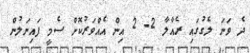
ދެ ވަނަ ލެގުގައި ރެއާލާ 2- 2 އިން އެއްވަރުކޮށް ސެމީ ފައިނަލުން